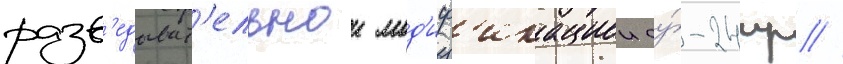
разв'едыват'ельнои мод'иф'икациеи су́-24мр //